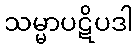
သမ္မာပဋိပဒါ